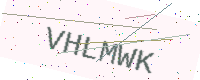
Text: VHLMWK